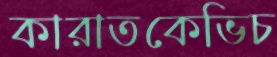
কারাতকেভিচ